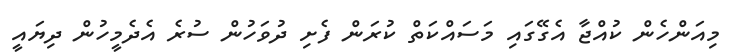
މިއަންހެން ކުއްޖާ އެގޭގައި މަސައްކަތް ކުރަން ފެށި ދުވަހުން ސުރެ އެދެމީހުން ދިޔައީ